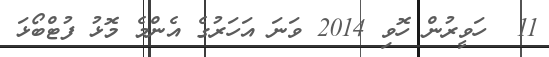
11  ހަވީރުން ހޮވި 2014 ވަނަ އަހަރުގެ އެންމެ މޮޅު ފުޓްބޯޅަ